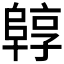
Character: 𱀟